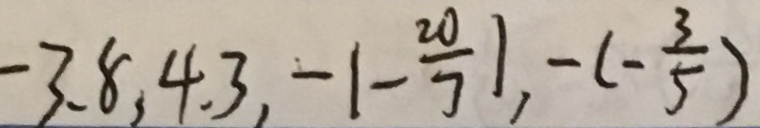
- 3 . 8 , 4 . 3 , - \vert - \frac { 2 0 } { 7 } \vert , - ( - \frac { 3 } { 5 } )